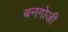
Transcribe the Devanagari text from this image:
बनगोजी